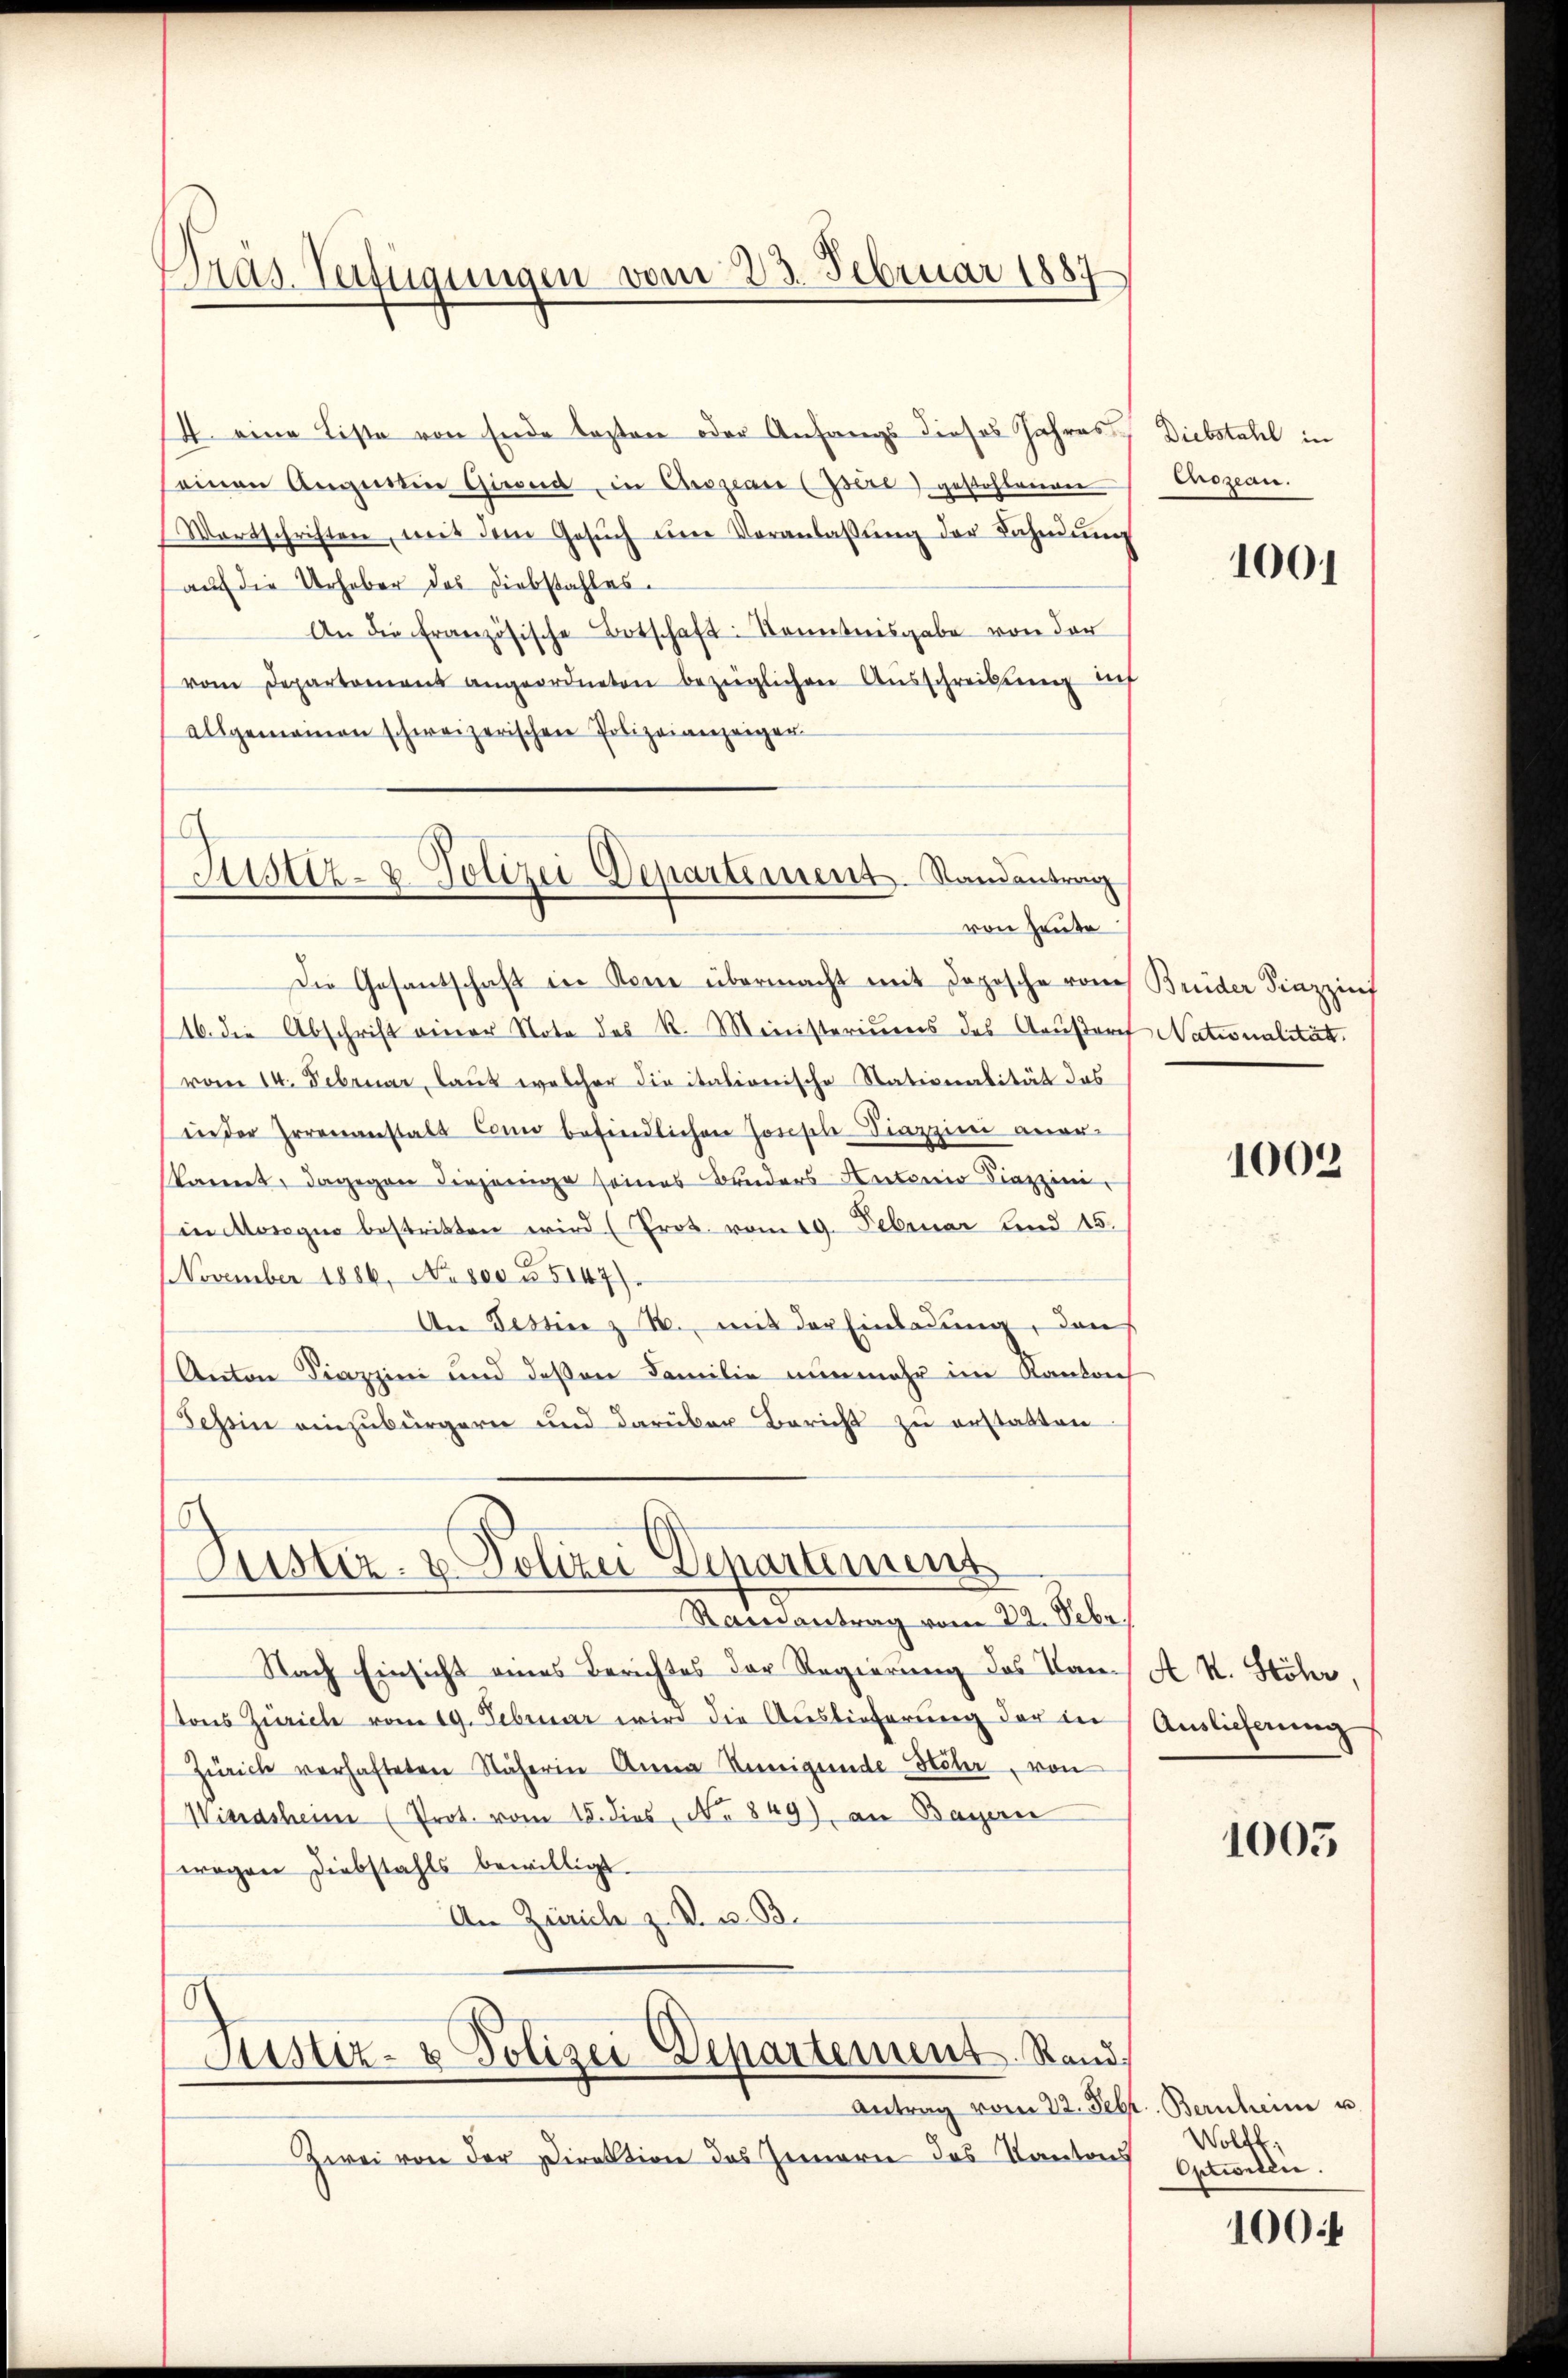
Pras Verfügungen vom 23. Februar 1887

Justiz- & Polizei Departement. Randantrag
von Heute

4. eine Liste von Ende lezten oder Anfangs dieses Jahres
seinen Augustin Giesend, in Chrszeare (Isére) gestohlenen
Wortschriften, mit dem Gesŭch ŭm Veranlassŭng der Bahnŭng
auf die Urheber des Diebstahles.
An die französische Botschaft: Kenntnisgabe von der
vom Departamens angeordneten bezüglichen Aŭsschreibung auch
allgemeinen schweizerischen Polizeianzeiger
Die Gesantschaft in Kenne übermacht mit Dopische vom
16. die Abschrift einer Note des R. Meinisteriums des Kausarch Nationalität.
vom 14. Februar, laut welcher die italionische Stationalität das
in der Irrenanstals Como befindlichen Zonische Piazzini aner¬
(kannt, dagegen diejenige seines Bruders Antonio Siazzini
in Mosegio bestritten wird (Prot. vom 19. Februar und 15.
NNovember 1886, No. 800 u. 5147).
An Tessin z B. mit der Einladung, dan
Anton Piazzini und deßen Familie nunmehr im Kanton
Schein einzubürgern und darüber Bericht zu erstatten

Justiz- & Polizei Departemens

Ramantrag vom 22. Febr.
Nach Einsicht eines Berichtes der Regierung des Kan-
stons Zürich vom 19. Februar wird die Auslieferung der in
Zürich verhafteten Näherin Anna Kunigende Höher, von
Windsheim (Prot. vom 15. dies No 849) an Bayern
wegen Diebstahls bewilligt.
An Zürich z. B. u. B.

Justiz- & Polizei Departement Rand

Zwei von der Direktion des Zimern des Kantons

Diebstahl in
Cnozean.

1001

Brider Sinzzinf

1002

A k. Stöhr,
Auslieferung

1005

Antrag vom 22. Febr. Bernheim u.
Woltt;
Optionen.

1004